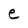
Character: e